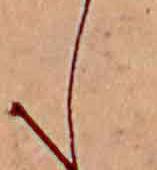
し